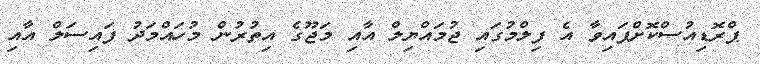
ޕްރޮޑިއުސްކޮށްފައިވާ އެ ފިލްމުގައި ޖުމައްޔިލް އާއި މަޖޫގެ އިތުރުން މުހައްމަދު ފައިސަލް އާއި